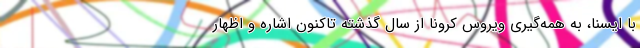
با ایسنا، به همه‌گیری ویروس کرونا از سال گذشته تاکنون اشاره و اظهار